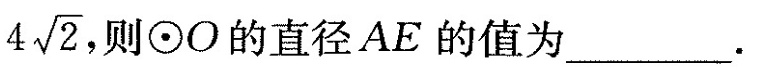
4 \sqrt{2}，则\odot O的直径A E的值为___.